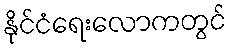
နိုင်ငံရေးလောကတွင်